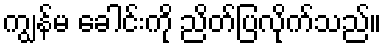
ကျွန်မ ခေါင်းကို ညိတ်ပြလိုက်သည်။